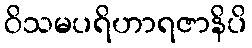
ဝိသမပရိဟာရဇာနိပိ